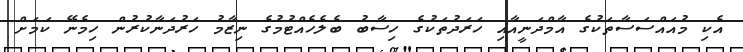
އެކި މުއައްސަސާތަކުގެ އާމްދަނީއާއި ހަރަދުތަކުގެ ހިސާބު ބެލެހެއްޓުމުގެ ނިޒާމު ހަރުދަނާކުރުން ހިމެނޭ ކަމަށް